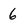
Character: 6